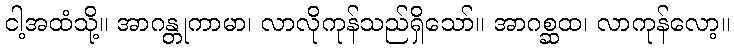
ငါ့အထံသို့။ အာဂန္တုကာမာ၊ လာလိုကုန်သည်ရှိသော်။ အာဂစ္ဆထ၊ လာကုန်လော့။